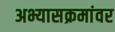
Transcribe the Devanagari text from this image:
अभ्यासक्रमांवर